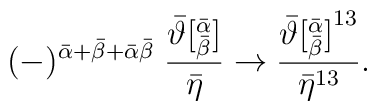
(-)^{{\bar\alpha}+{\bar\beta}+\bar\alpha\bar\beta}\;\frac{{\bar\vartheta}[^{\bar\alpha}_{\bar\beta}]}{{\bar\eta}}\rightarrow\frac{{\bar\vartheta[^{\bar\alpha}_{\bar\beta}]}^{13}}{{\bar\eta}^{13}}.